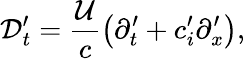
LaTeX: \mathcal{D}_{t}^{\prime}=\frac{\mathcal{U}}{c}\left(\partial_{t}^{\prime}+c_{i}^{\prime}\partial_{x}^{\prime}\right),